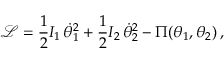
\mathcal { L } = \frac { 1 } { 2 } I _ { 1 } \, \dot { \theta } _ { 1 } ^ { 2 } + \frac { 1 } { 2 } I _ { 2 } \, \dot { \theta } _ { 2 } ^ { 2 } - \Pi ( \theta _ { 1 } , \theta _ { 2 } ) \, ,